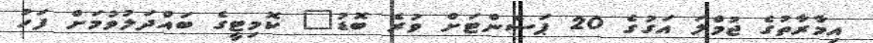
އިމާރާތުގެ ޖުމްލަ އަގުގެ 20 ޕަސެންޓަށް ވުރެ ބޮޑު" ކޮމިޓީގެ ބައްދަލުވުމަށް ފަހު